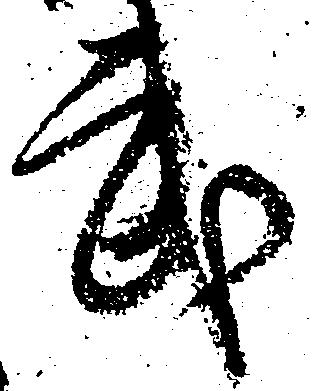
武